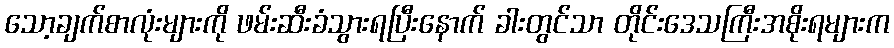
သော့ချက်စာလုံးများကို ဖမ်းဆီးခံသွားရပြီးနောက် ခါးတွင်သာ တိုင်းဒေသကြီးအစိုးရများက